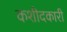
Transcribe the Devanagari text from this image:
कशीदकारी